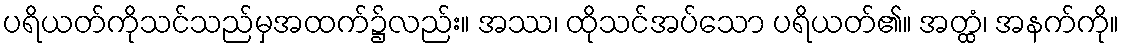
ပရိယတ်ကိုသင်သည်မှအထက်၌လည်း။ အဿ၊ ထိုသင်အပ်သော ပရိယတ်၏။ အတ္ထံ၊ အနက်ကို။